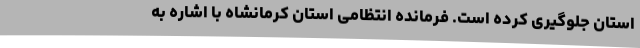
استان جلوگیری کرده است. فرمانده انتظامی استان کرمانشاه با اشاره به